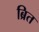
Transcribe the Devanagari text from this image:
ब्रित